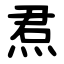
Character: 焄